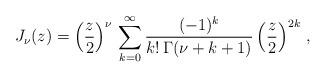
LaTeX: \begin{align*}J_{\nu} (z) = \left( \frac{z}{2} \right) ^{\nu} \, \sum _{k=0} ^{\infty} \frac{(-1)^k}{k! \, \Gamma (\nu + k + 1)} \left( \frac{z}{2} \right) ^{2 k} \, ,\end{align*}